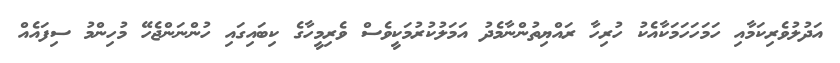
އަދުލުވެރިކަމާއި ހަމަހަހަމަކާއެކު ހުރިހާ ރައްޔިތުންނާމެދު އަމަލުކުރުމަކީވެސް ވެރިމީހާގެ ކިބައިގައި ހުންނަންޖެހޭ މުހިންމު ސިފައެއް